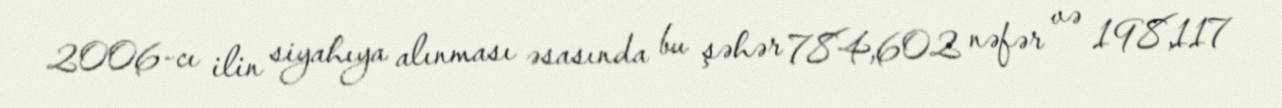
2006-cı ilin siyahıya alınması əsasında bu şəhər 784,602 nəfər və 198,117